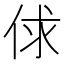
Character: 俅